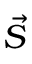
\vec { S }